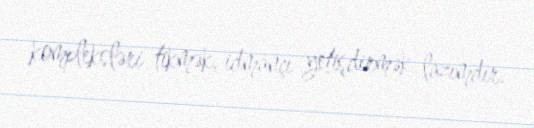
kompleksləri tikmək, idmançı yetişdirmək lazımdır.